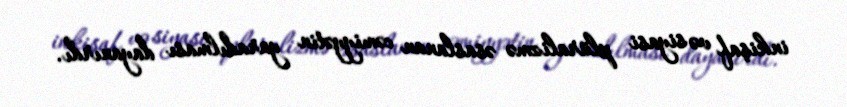
inkişaf və siyasi plüralizmə əsaslanan cəmiyyətin yaradılması dayanırdı.